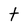
Character: t